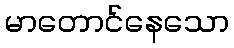
မာတောင်နေသော